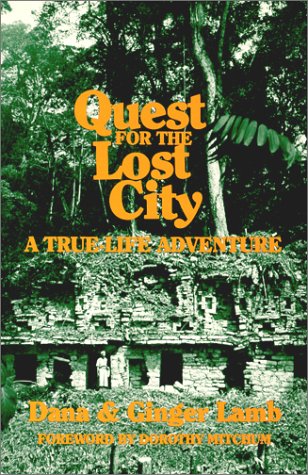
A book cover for Quest for the Lost City: A True Life Adventure; Dana Lamb; Travel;